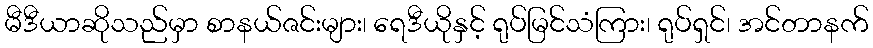
မီဒီယာဆိုသည်မှာ စာနယ်ဇင်းများ၊ ရေဒီယိုနှင့် ရုပ်မြင်သံကြား၊ ရုပ်ရှင်၊ အင်တာနက်